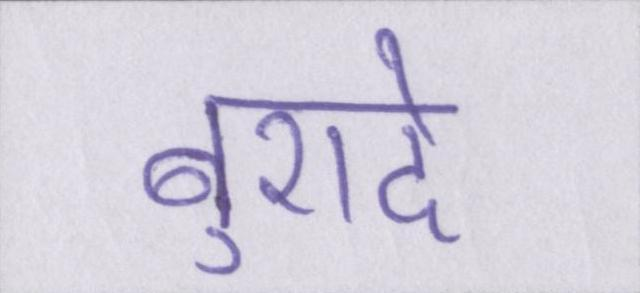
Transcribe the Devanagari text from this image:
बुरादे